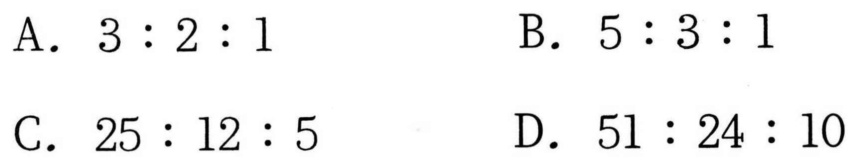
A. \(3:2:1\)  B. \(5:3:1\)
C. \(25:12:5\)  D. \(51:24:10\)